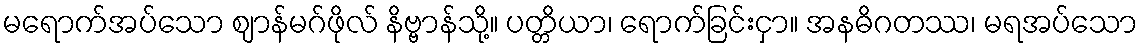
မရောက်အပ်သော ဈာန်မဂ်ဖိုလ် နိဗ္ဗာန်သို့။ ပတ္တိယာ၊ ရောက်ခြင်းငှာ။ အနဓိဂတဿ၊ မရအပ်သော